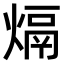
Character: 𤌦